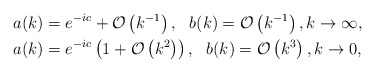
\begin{align*}&a(k)= e^{-ic} +\mathcal{O}\left(k^{-1}\right), \ \ b(k)=\mathcal{O}\left(k^{-1}\right), k \rightarrow \infty, \\ &a(k)=e^{-ic}\left(1+\mathcal{O}\left(k^2\right)\right), \ \ b(k)=\mathcal{O}\left(k^3\right),k\rightarrow 0,\end{align*}